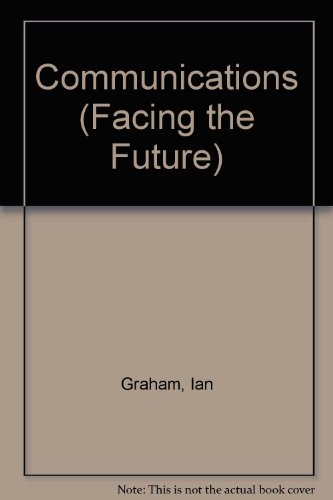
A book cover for Communications (Facing the Future); Ian Graham; Children's Books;